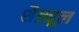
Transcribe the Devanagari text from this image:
शैड्यूल